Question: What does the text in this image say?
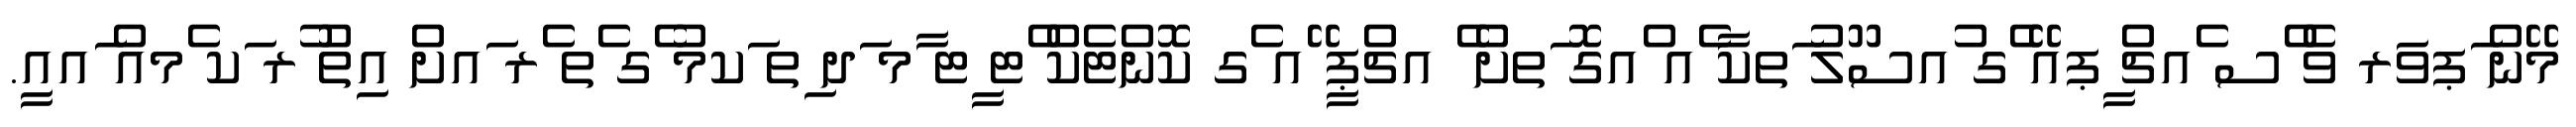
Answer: މޭން ަޕވަރ ވެ ްސ ެއޗް ީޕއޭ ެގ ުއސޫލު ަތކާ ެއ ްއގޮ ަތށް ެ އޗްޕީ ޭއ ެގ ކޮންޓެކް ްޓ ީޓ ާމ ަދ ިތ ަކމު ެގ ެތ ެރ ައށް އިތު ުރ ަކ ެމއް ައއީ.